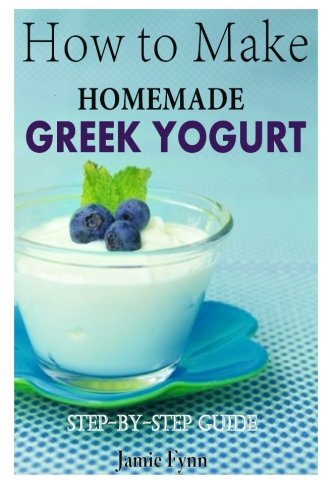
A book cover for How to Make Homemade Greek Yogurt: Step-By-Step Guide; Jamie Fynn; Cookbooks, Food & Wine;